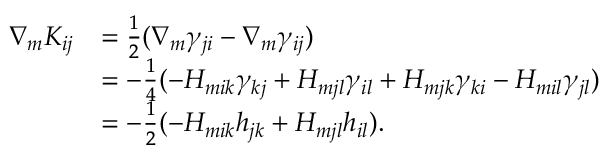
\begin{array} { r l } { \nabla _ { m } K _ { i j } } & { = \frac { 1 } { 2 } ( \nabla _ { m } \gamma _ { j i } - \nabla _ { m } \gamma _ { i j } ) } \\ & { = - \frac { 1 } { 4 } ( - H _ { m i k } \gamma _ { k j } + H _ { m j l } \gamma _ { i l } + H _ { m j k } \gamma _ { k i } - H _ { m i l } \gamma _ { j l } ) } \\ & { = - \frac { 1 } { 2 } ( - H _ { m i k } h _ { j k } + H _ { m j l } h _ { i l } ) . } \end{array}